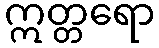
ဣတ္တရော